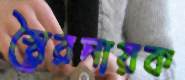
স্বৈরনায়ক